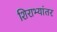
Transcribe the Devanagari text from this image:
शिराभ्यांतर